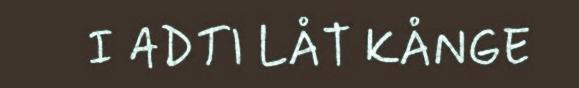
I ADTI LÅT KÅNGE